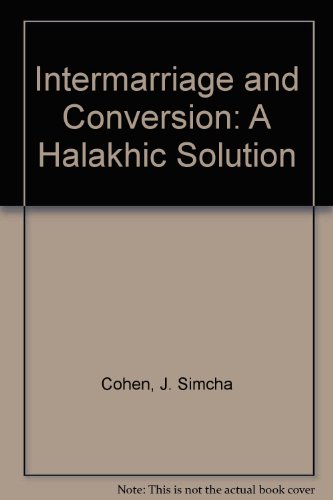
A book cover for Intermarriage and Conversion: A Halakhic Solution; J. Simcha Cohen; Religion & Spirituality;